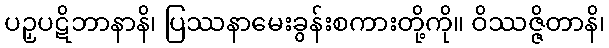
ပဉှပဋိဘာနာနိ၊ ပြဿနာမေးခွန်းစကားတို့ကို။ ဝိဿဇ္ဇိတာနိ၊